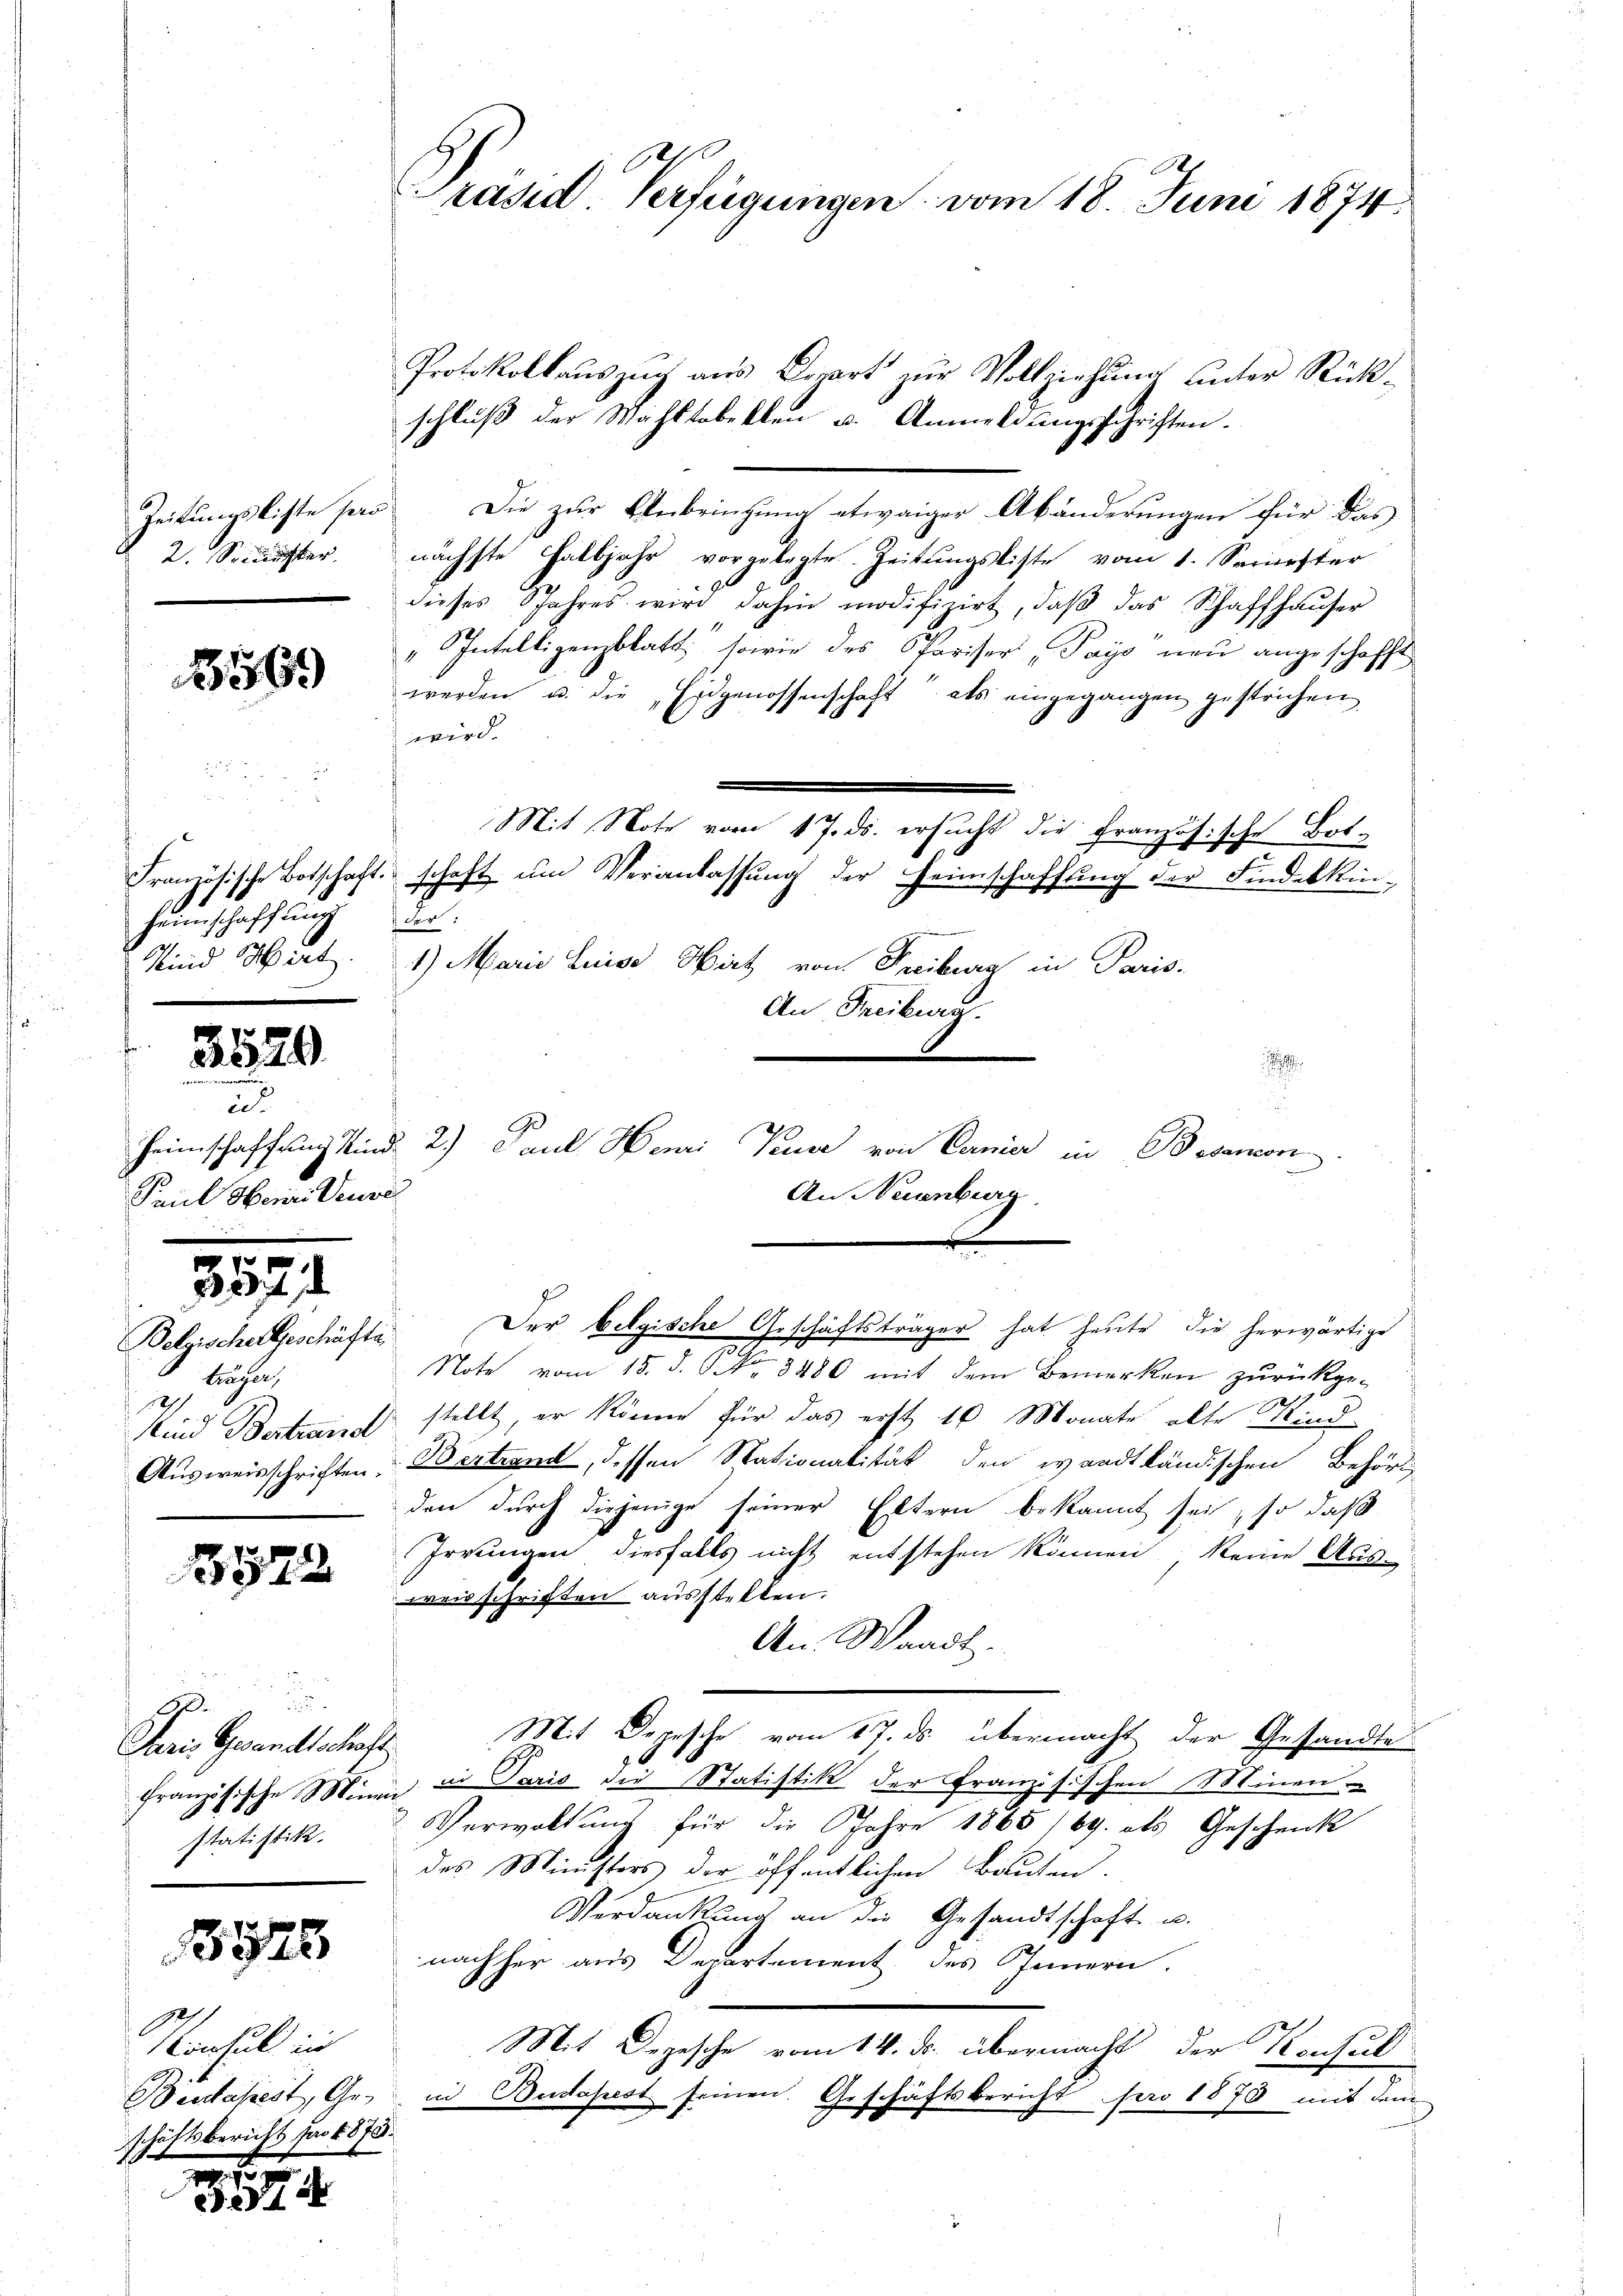
Zeitungsliste pers
2. Seidlichter.

3569

s
Französische Botschaft.
.
Heimschaff und
Kind Hirt.

3529.

a
Paul Herrn Deusi

521

Belgische Geschäfte.
träger,
Sind Bertrand

3572

Paris Gesandtschaft
statistik.

3526

onsul in
Beudapest, Gehäftsbericht für 1878.
i
m

3374

Präsid. Verfügungen vom 18. Juni 1874.

Protokollauszug aus Dort zur Vollziehung unter Rück-
schluß der Mahltobekten u. Anmeldungsschriften.
Die zur Anbringung etwaiger Abänderungen für das
nächste Halbjahr vorgelegte Zeitungsliste vom 1. Seriester
dieses Spahres wird dahin modifizirt, daβ das Schaffhaŭser
" Intelligenzblatt, sowie des Pariser Pays neu angeschafft
werden u. die „Eidgenossenschaft als eingegangen gestrichen
wird.
Mit Note vom 17. ds. ersucht die Franz-
zösische Botschaft um Veranlassung der Heimschaffung der Findeskin-
der
1) Marie Luise Hirt von Freiburg in Paris.
An Freiburg.
.
An Neuenburg.
Der belgische Geschäftsträger hat heute die herwärtige
Note vom 15. d. S. 3480 mit dem Bemerken zurückge-
stellt, er könne für das erst 16 Monate alte Kind
Ausweisschriften Bestrend, dessen Nationalität den wardt ländischen Behörig
den durch diejenige seiner Eltern bekannt sei, so daß
Irrungen diesfalls nicht entstehen können, keine Aus-
weisschriften ausstellen.
An Waadt.
Mit Depesche vom 17. ds. übermacht der Gesandte
12
französische Mina in Pario die Statistik der Französischen Minen
Verwaltung für die Jahre 1865 169. als Geschenk
des Ministers der öffentlichen Bauten.
Verdankung an die Gesandtschaft u.
nachher aus Departement des Innern.
Mit Depesche vom 14. ds. übermacht der Konsul
in Budapest seinen. Geschäftsbericht pro 1870 mit dem

Heimschaften Kinde 2) Paul Henri Pause von Danier in Besanoni